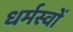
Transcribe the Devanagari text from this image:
धर्मस्वों